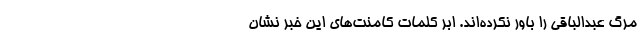
مرگ عبدالباقی را باور نکرده‌اند. ابر کلمات کامنت‌های این خبر نشان